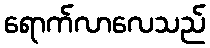
ရောက်လာလေသည်